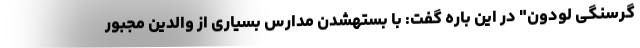
گرسنگی لودون" در این باره گفت: با بستهشدن مدارس بسیاری از والدین مجبور